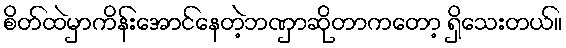
စိတ်ထဲမှာကိန်းအောင်နေတဲ့ဘဏှာဆိုတာကတော့ ရှိသေးတယ်။